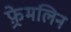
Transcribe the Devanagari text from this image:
फ़्रेमलिन